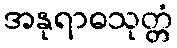
အနုရာဓသုတ္တံ